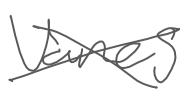
Text: vanes
Cross-out: cross
Writing tool: digital_gray